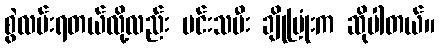
စွဲလမ်းရတယ်လို့လည်း မင်းသမီး ချိုပြုံးက ဆိုပါတယ်။